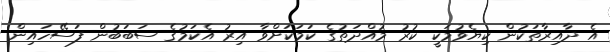
އެ ދާއިރާތަކުން ކިޔެވުމަކީ ކުރު މުއްދަތުގެ ކަމަކަށްވާ އިރު އެކަމުގެ ސަބަބުން ފަސޭހައިން